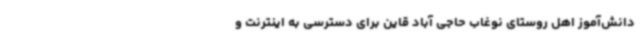
دانش‌آموز اهل روستای نوغاب حاجی آباد قاین برای دسترسی به اینترنت و